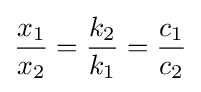
{\frac {x_{1}}{x_{2}}}={\frac {k_{2}}{k_{1}}}={\frac {c_{1}}{c_{2}}}